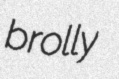
brolly